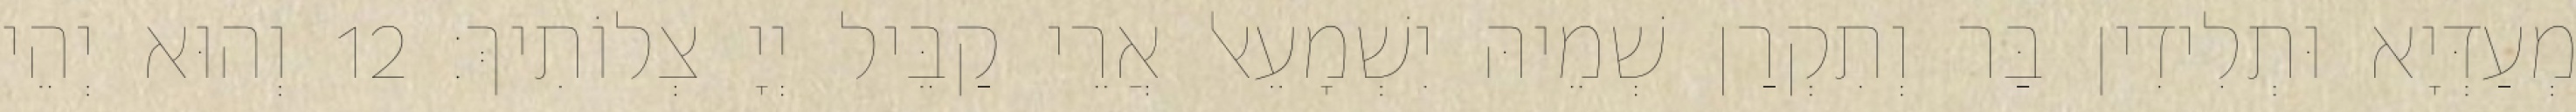
מְעַדְּיָא וּתְלִידִין בַּר וְתִקְרַן שְׁמֵיהּ יִשְׁמָעֵאל אֲרֵי קַבֵּיל יְיָ צְלוֹתִיךְ׃ 12 וְהוּא יְהֵי